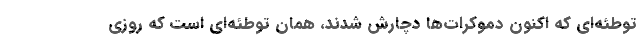
توطئه‌ای که اکنون دموکرات‌ها دچارش شدند، همان توطئه‌ای است که روزی